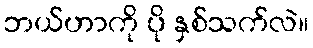
ဘယ်ဟာကို ပို နှစ်သက်လဲ။